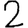
Digit: 2